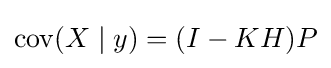
\operatorname {cov} (X\mid y)=(I-KH)P